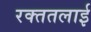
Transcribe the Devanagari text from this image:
रक्‍ततलाई